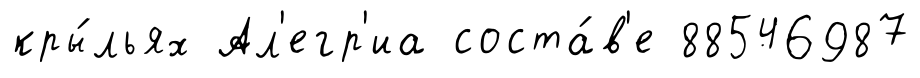
кры́льях Ал'егр'иа соста́в'е 88546987